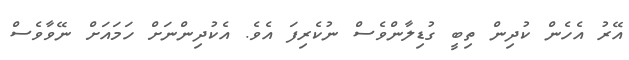
އޭރު އެހެން ކުދިން ތިބީ ގުޑިލާންވެސް ނުކެރިފަ އެވެ. އެކުދިންނަށް ހަމައަށް ނޭވާވެސް